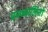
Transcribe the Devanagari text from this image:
प्रज्ज्वालितो